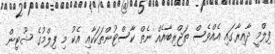
ފިލްމީ ދާއިރާގައި އެއްވެސް ތަޖްރިބާއެއް ނެތް ކާސްޓުންތަކަކާއި އެކު މި ފިލްމުގެ ޝޫޓިން